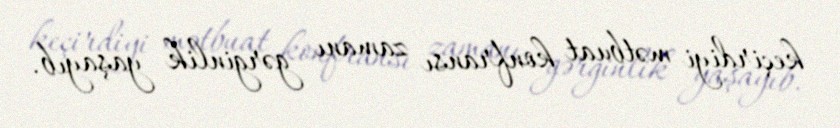
keçirdiyi mətbuat konfransı zamanı gərginlik yaşayıb.